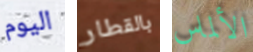
اليوم بالقطار الألماس